Indian journal of veterinary science and animal husbandry - Volumes 18-21, 1948-1951
Year: 1948
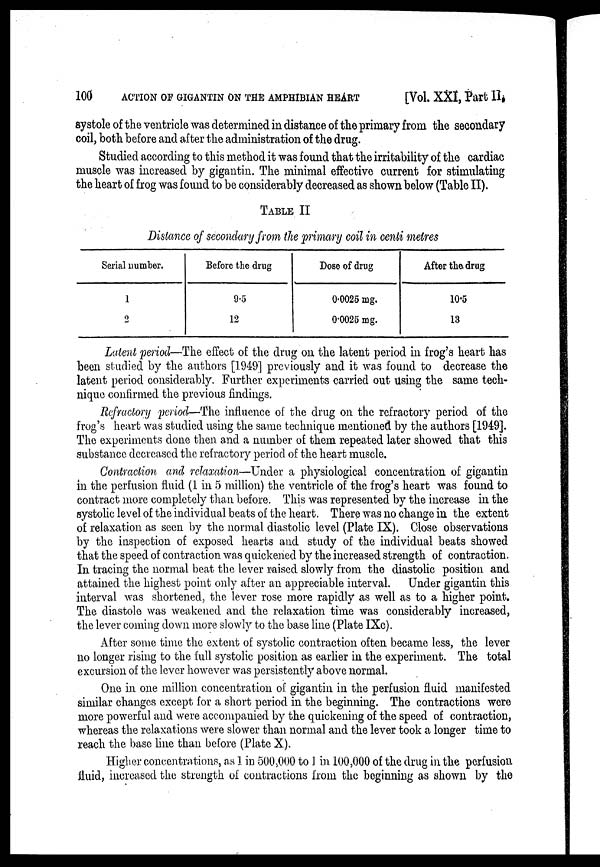
100
ACTION OF GIGANTIN ON THE AMPHIBIAN HEART
[Vol. XXI, Part II,
systole of the ventricle was determined in distance of the primary from the secondary
coil, both before and after the administration of the drug.
Studied according to this method it was found that the irritability of the cardiac
muscle was increased by gigantin. The minimal effective current for stimulating
the heart of frog was found to be considerably decreased as shown below (Table II).
TABLE II
Distance of secondary from the primary coil in centi metres
Serial number.
1
2
Before the drug
9.5
12
Dose of drug
0.0025 mg.
0.0025 mg.
After the drug
10.5
13
Latent period—The effect of the drug on the latent period in frog's heart has
been studied by the authors [1949] previously and it was found to decrease the
latent period considerably. Further experiments carried out using the same tech-
nique confirmed the previous findings.
Refractory period—The influence of the drug on the refractory period of the
frog's heart was studied using the same technique mentioned by the authors [1949].
The experiments done then and a number of them repeated later showed that this
substance decreased the refractory period of the heart muscle.
Contraction and relaxation—Under a physiological concentration of gigantin
in the perfusion fluid (1 in 5 million) the ventricle of the frog's heart was found to
contract more completely than before. This was represented by the increase in the
systolic level of the individual beats of the heart. There was no change in the extent
of relaxation as seen by the normal diastolic level (Plate IX). Close observations
by the inspection of exposed hearts and study of the individual beats showed
that the speed of contraction was quickened by the increased strength of contraction.
In tracing the normal beat the lever raised slowly from the diastolic position and
attained the highest point only after an appreciable interval. Under gigantin this
interval was shortened, the lever rose more rapidly as well as to a higher point.
The diastole was weakened and the relaxation time was considerably increased,
the lever coming down more slowly to the base line (Plate IXc).
After some time the extent of systolic contraction often became less, the lever
no longer rising to the full systolic position as earlier in the experiment. The total
excursion of the lever however was persistently above normal.
One in one million concentration of: gigantin in the perfusion fluid manifested
similar changes except for a short period in the beginning. The contractions were
more powerful and were accompanied by the quickening of the speed of contraction,
whereas the relaxations were slower than normal and the lever took a longer time to
reach the base line than before (Plate X).
Higher concentrations, as 1 in 500,000 to 1 in 100,000 of the drug in the perfusion
fluid, increased the strength of contractions from the beginning as shown by the